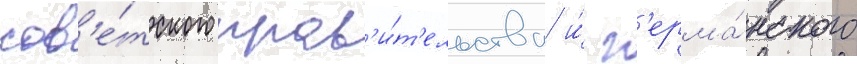
сов'е́тского прав'и́т'ельства и́ г'ерма́нского